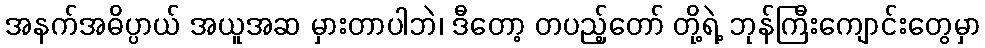
အနက်အဓိပ္ပာယ် အယူအဆ မှားတာပါဘဲ၊ ဒီတော့ တပည့်တော် တို့ရဲ့ ဘုန်ကြီးကျောင်းတွေမှာ